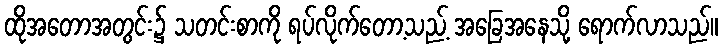
ထိုအတောအတွင်း၌ သတင်းစာကို ရပ်လိုက်တော့သည့် အခြေအနေသို့ ရောက်လာသည်။